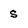
Character: s